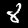
Digit: 8